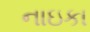
નાઇકા